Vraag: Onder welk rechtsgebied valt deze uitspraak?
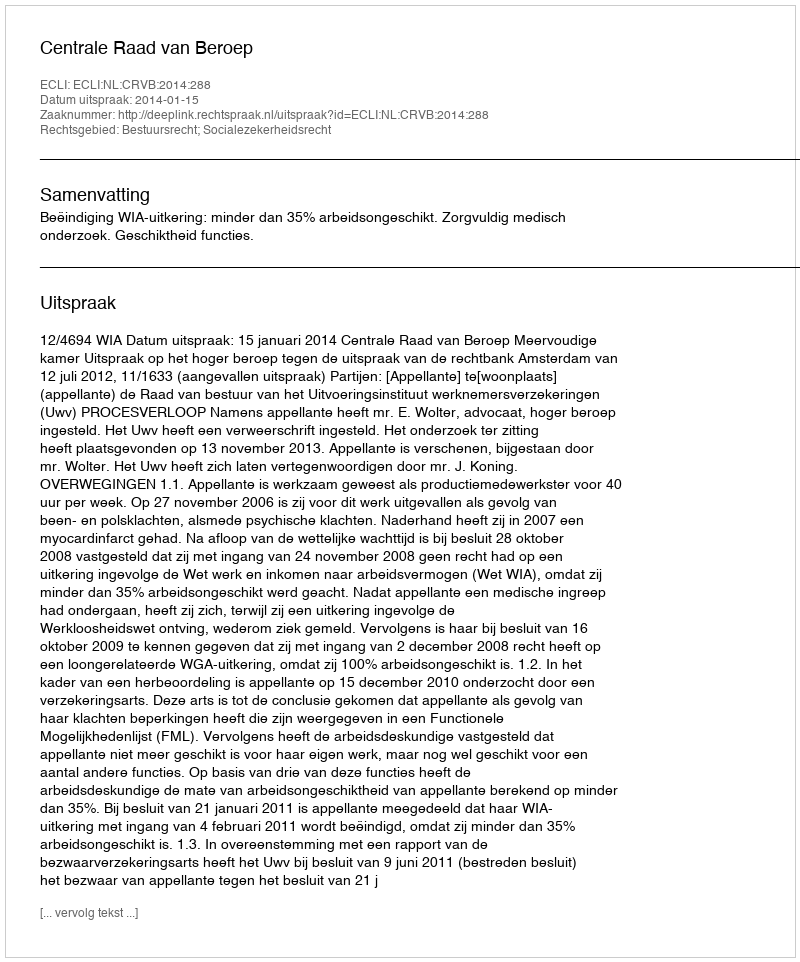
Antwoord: Bestuursrecht; Socialezekerheidsrecht